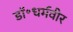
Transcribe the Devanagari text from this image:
डॉ॰धर्मवीर